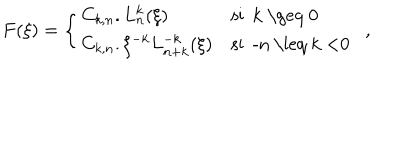
F ( \xi ) = \left\{ \begin{array} { l l } { { C _ { k , n } . L _ { n } ^ { k } ( \xi ) } } & { { \textrm { s i k \geq 0 } } } \\ { { C _ { k , n } . \xi ^ { - k } L _ { n + k } ^ { - k } ( \xi ) } } & { { \textrm { s i - n \leq k < 0 } \ } } \\ \end{array} \right. ,